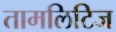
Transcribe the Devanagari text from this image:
तामलिटिज